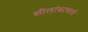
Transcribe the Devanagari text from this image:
शीलांकाचार्य